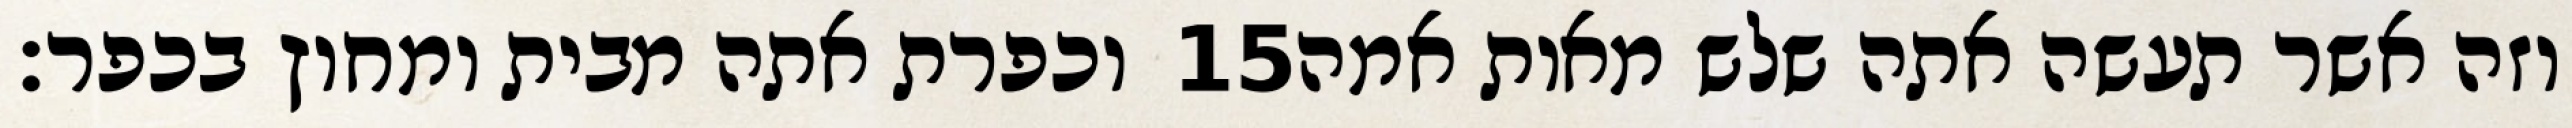
וכפרת אתה מבית ומחוץ בכפר׃ ‎15‏ וזה אשר תעשה אתה שלש מאות אמה